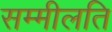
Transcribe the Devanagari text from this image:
सम्मीलति